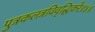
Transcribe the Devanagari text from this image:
पुत्रकलत्रविवृद्धिकरे॥४॥